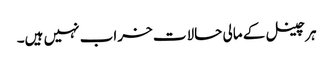
ہر چینل کے مالی حالات خراب نہیں ہیں۔